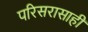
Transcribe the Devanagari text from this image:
परिसरासाही